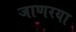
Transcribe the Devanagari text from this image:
जाणरया